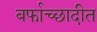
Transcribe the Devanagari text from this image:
बर्फाच्छादीत